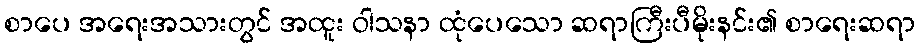
စာပေ အရေးအသားတွင် အထူး ဝါသနာ ထုံပေသော ဆရာကြီးပီမိုးနင်း၏ စာရေးဆရာ